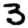
Digit: 3